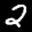
Label: 2